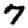
Digit: 7